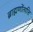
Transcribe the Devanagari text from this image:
ब्राह्मणोंत्पत्ति